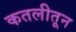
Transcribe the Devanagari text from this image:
कतलीतून